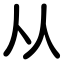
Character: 从